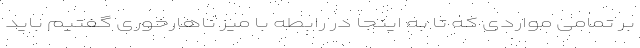
بر تمامی مواردی که تا به اینجا در رابطه با میز ناهارخوری گفتیم باید